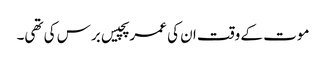
موت کے وقت ان کی عمر پچیس برس کی تھی۔